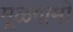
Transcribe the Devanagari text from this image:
मूळगामी